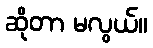
ဆိုတာ မလွယ်။